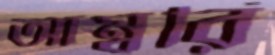
আম্বরি